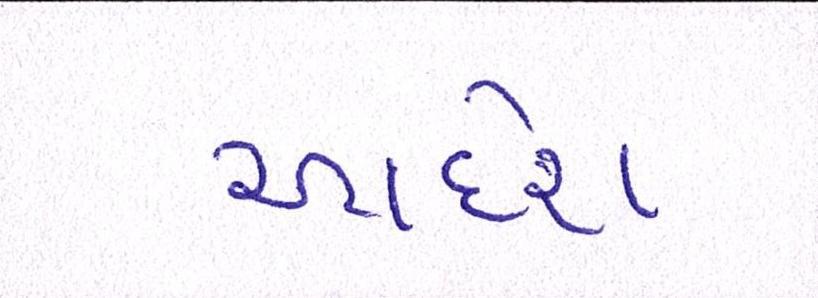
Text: આદેશ